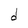
Character: d